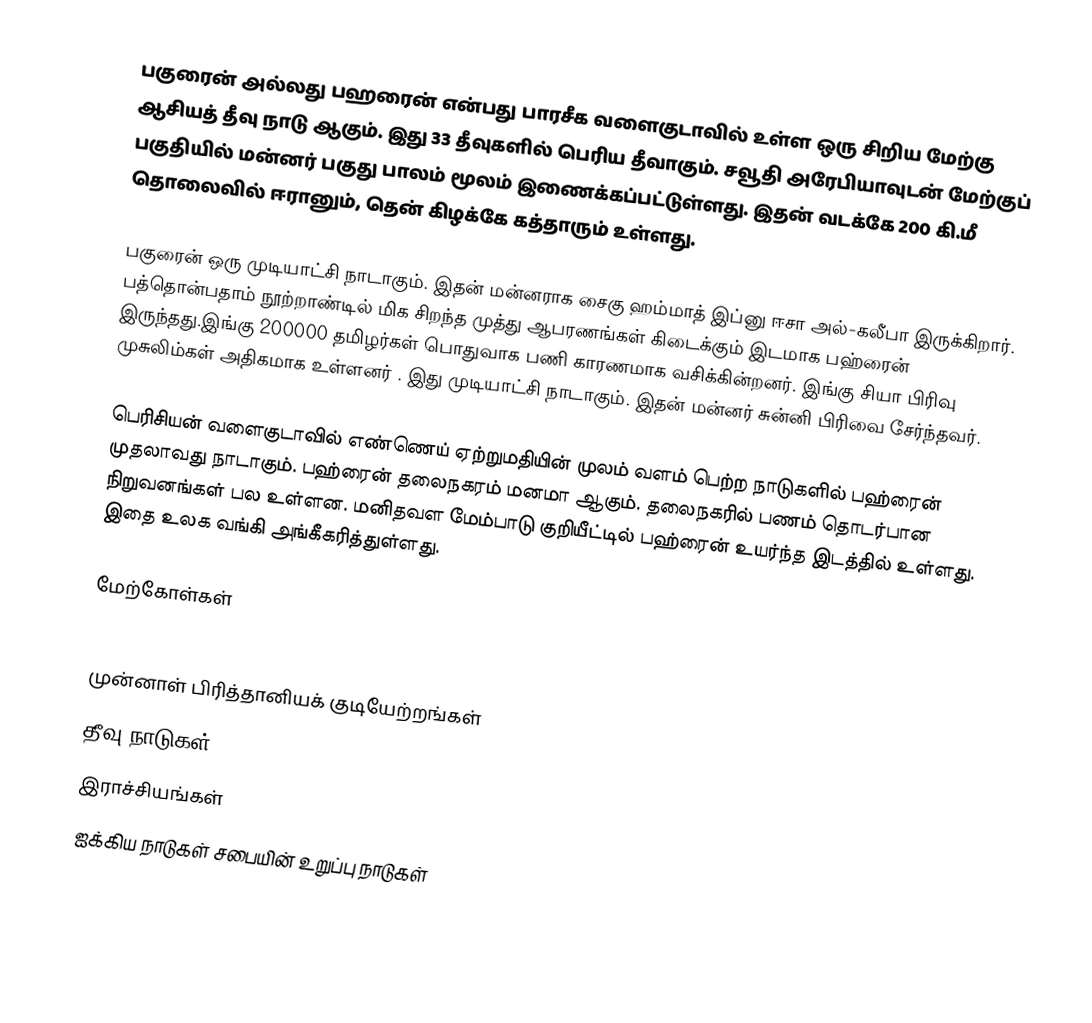
பகுரைன் அல்லது பஹரைன் என்பது பாரசீக வளைகுடாவில் உள்ள ஒரு சிறிய மேற்கு ஆசியத் தீவு நாடு ஆகும். இது 33 தீவுகளில் பெரிய தீவாகும். சவூதி அரேபியாவுடன் மேற்குப் பகுதியில் மன்னர் பகுது பாலம் மூலம் இணைக்கப்பட்டுள்ளது. இதன் வடக்கே 200 கி.மீ தொலைவில் ஈரானும், தென் கிழக்கே கத்தாரும் உள்ளது.

பகுரைன் ஒரு முடியாட்சி நாடாகும். இதன் மன்னராக சைகு ஹம்மாத் இப்னு ஈசா அல்-கலீபா இருக்கிறார். பத்தொன்பதாம் நூற்றாண்டில் மிக சிறந்த முத்து ஆபரணங்கள் கிடைக்கும் இடமாக பஹ்ரைன் இருந்தது.இங்கு 200000 தமிழர்கள் பொதுவாக பணி காரணமாக வசிக்கின்றனர். இங்கு சியா பிரிவு முசுலிம்கள் அதிகமாக உள்ளனர் . இது முடியாட்சி நாடாகும். இதன் மன்னர் சுன்னி பிரிவை சேர்ந்தவர்.

பெரிசியன் வளைகுடாவில் எண்ணெய் ஏற்றுமதியின் முலம் வளம் பெற்ற நாடுகளில் பஹ்ரைன் முதலாவது நாடாகும். பஹ்ரைன் தலைநகரம் மனமா ஆகும். தலைநகரில் பணம் தொடர்பான நிறுவனங்கள் பல உள்ளன. மனிதவள மேம்பாடு குறியீட்டில் பஹ்ரைன் உயர்ந்த இடத்தில் உள்ளது. இதை உலக வங்கி அங்கீகரித்துள்ளது.

மேற்கோள்கள்

முன்னாள் பிரித்தானியக் குடியேற்றங்கள்
தீவு நாடுகள்
இராச்சியங்கள்
ஐக்கிய நாடுகள் சபையின் உறுப்பு நாடுகள்